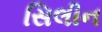
સિલીન